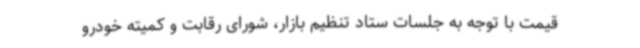
قیمت با توجه به جلسات ستاد تنظیم بازار، شورای رقابت و کمیته خودرو